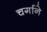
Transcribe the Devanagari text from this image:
चर्गाने